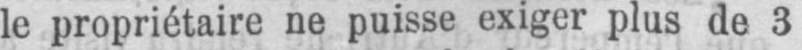
le propriétaire ne puisse exiger plus de 3